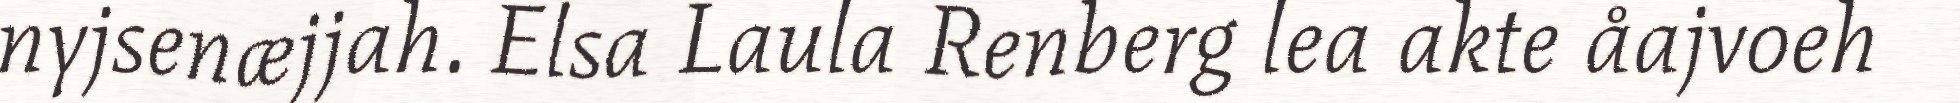
nyjsenæjjah. Elsa Laula Renberg lea akte åajvoeh